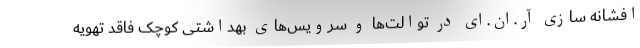
افشانه سازی آر.ان.ای در توالت‌ها و سرویس‌های بهداشتی کوچک فاقد تهویه